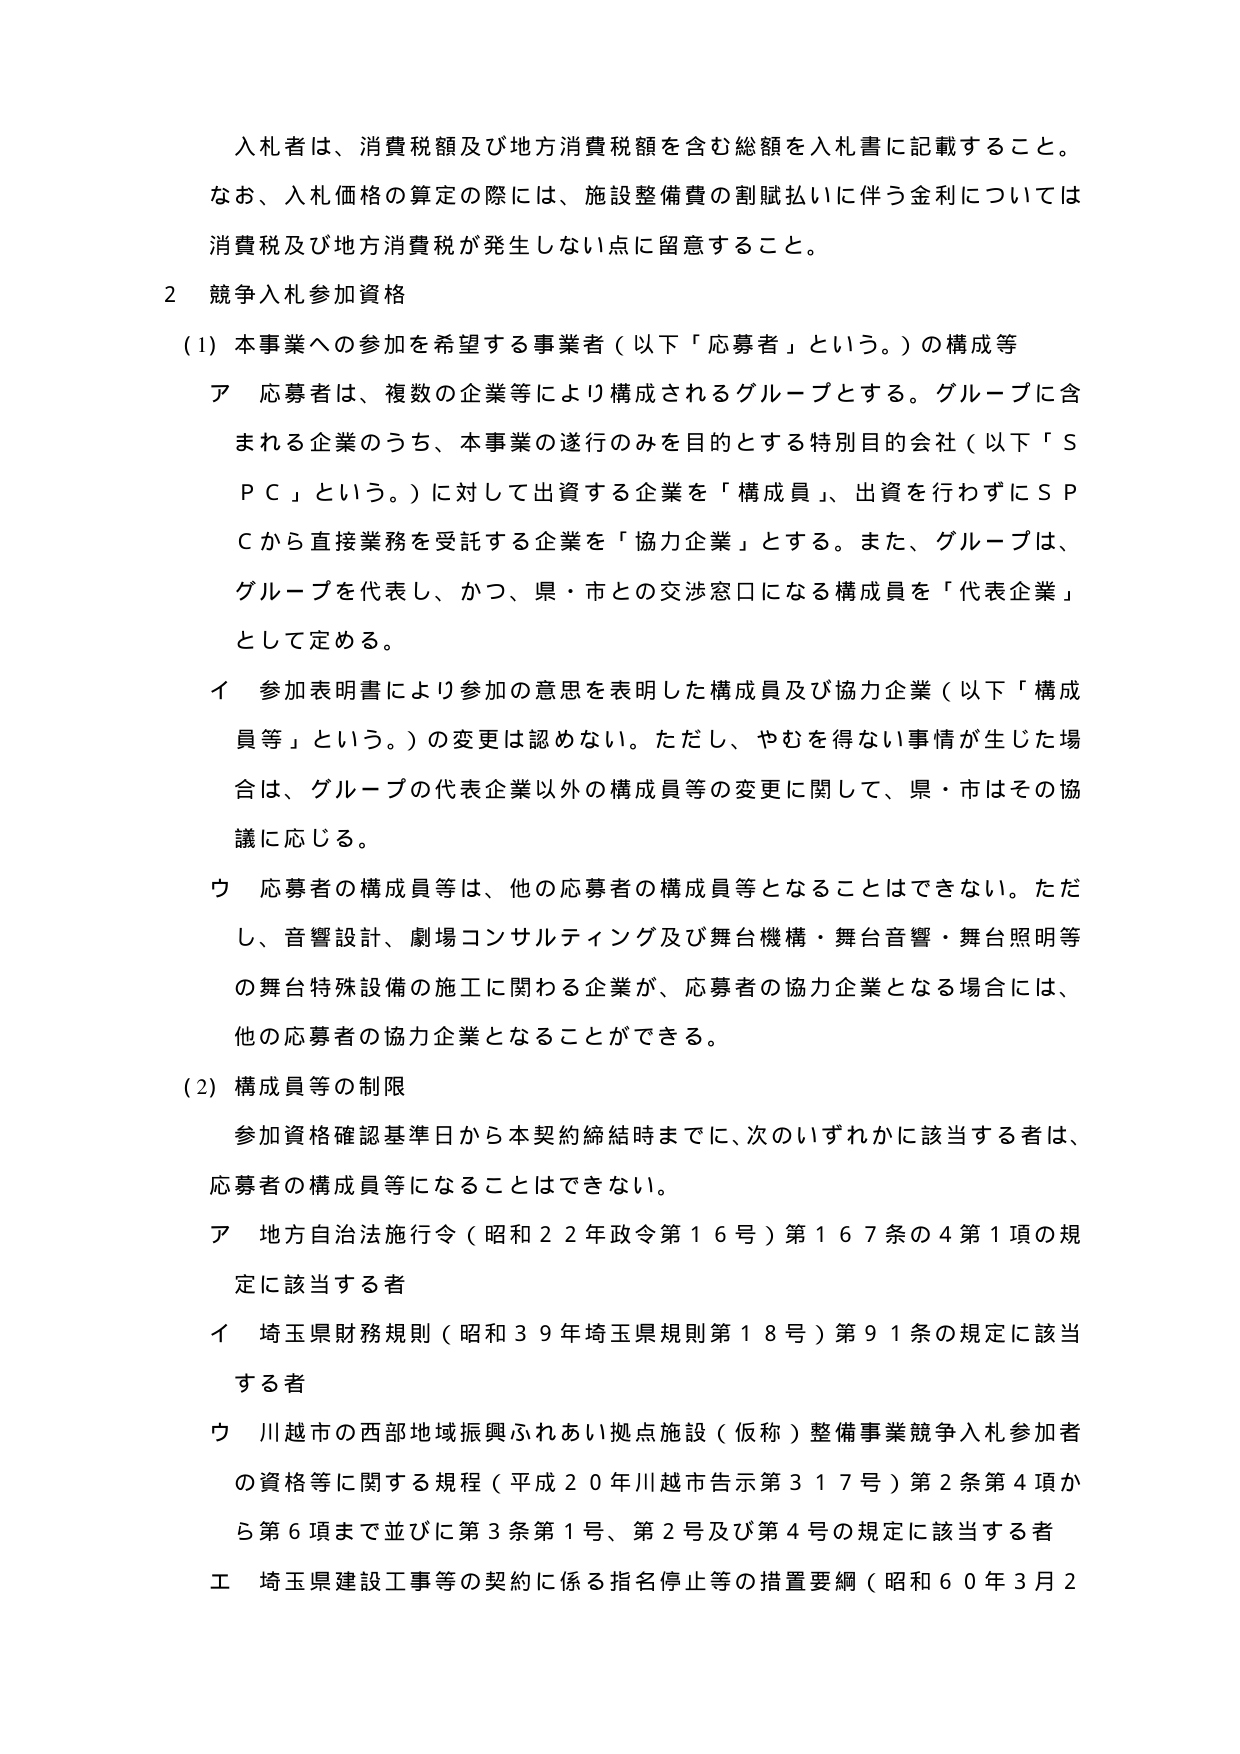
入札者は、消費税額及び地方消費税額を含む総額を入札書に記載すること。
なお、入札価格の算定の際には、施設整備費の割賦払いに伴う金利については
消費税及び地方消費税が発生しない点に留意すること。

2 競争入札参加資格

(1) 本事業への参加を希望する事業者（以下「応募者」という。）の構成等

ア 応募者は、複数の企業等により構成されるグループとする。グループに含
まれる企業のうち、本事業の遂行のみを目的とする特別目的会社（以下「Ｓ
ＰＣ」という。）に対して出資する企業を「構成員」、出資を行わずにＳＰ
Ｃから直接業務を受託する企業を「協力企業」とする。また、グループは、
グループを代表し、かつ、県・市との交渉窓口になる構成員を「代表企業」
として定める。

イ 参加表明書により参加の意思を表明した構成員及び協力企業（以下「構成
員等」という。）の変更は認めない。ただし、やむを得ない事情が生じた場
合は、グループの代表企業以外の構成員等の変更に関して、県・市はその協
議に応じる。

ウ 応募者の構成員等は、他の応募者の構成員等となることはできない。ただ
し、音響設計、劇場コンサルティング及び舞台機構・舞台音響・舞台照明等
の舞台特殊設備の施工に関わる企業が、応募者の協力企業となる場合には、
他の応募者の協力企業となることができる。

(2) 構成員等の制限

参加資格確認基準日から本契約締結時までに、次のいずれかに該当する者は、
応募者の構成員等になることはできない。

ア 地方自治法施行令（昭和22年政令第16号）第167条の4第1項の規
定に該当する者

イ 埼玉県財務規則（昭和39年埼玉県規則第18号）第91条の規定に該当
する者

ウ 川越市の西部地域振興ふれあい拠点施設（仮称）整備事業競争入札参加者
の資格等に関する規程（平成20年川越市告示第317号）第2条第4項か
ら第6項まで並びに第3条第1号、第2号及び第4号の規定に該当する者

エ 埼玉県建設工事等の契約に係る指名停止等の措置要綱（昭和60年3月2